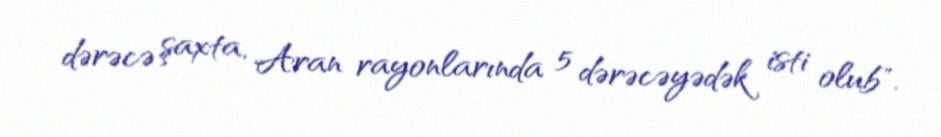
dərəcə şaxta, Aran rayonlarında 5 dərəcəyədək isti olub".